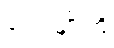
လေးမျိုးကို